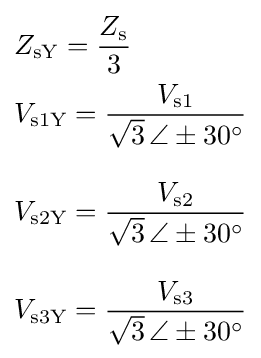
{\begin{aligned}&Z_{\text{sY}}={\dfrac {Z_{\text{s}}}{3}}\\&V_{\text{s1Y}}={\dfrac {V_{\text{s1}}}{{\sqrt {3}}\,\angle \pm 30^{\circ }}}\\[2ex]&V_{\text{s2Y}}={\dfrac {V_{\text{s2}}}{{\sqrt {3}}\,\angle \pm 30^{\circ }}}\\[2ex]&V_{\text{s3Y}}={\dfrac {V_{\text{s3}}}{{\sqrt {3}}\,\angle \pm 30^{\circ }}}\end{aligned}}